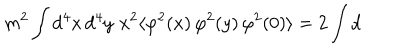
LaTeX: m ^ { 2 } \int \mathrm { d } ^ { 4 } x \, \mathrm { d } ^ { 4 } y \, \, x ^ { 2 } \langle \varphi ^ { 2 } ( x ) \, \varphi ^ { 2 } ( y ) \, \varphi ^ { 2 } ( 0 ) \rangle = 2 \int \mathrm { d }